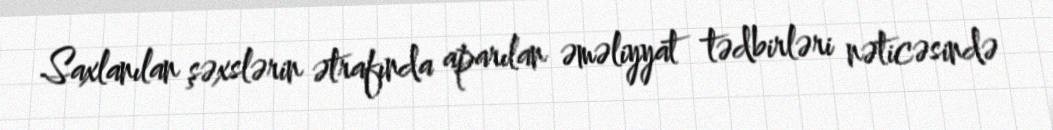
Saxlanılan şəxslərin ətrafında aparılan əməliyyat tədbirləri nəticəsində